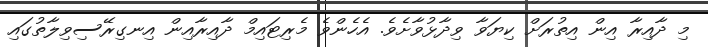
މި ދާއިރާ އިން އިތުރަށް ކިޔަވާ ވިދާޅުވާށެވެ. އެހެންވެ މެރިޓައިމް ދާއިރާއިން އިނގިރޭސިވިލާތުގައި